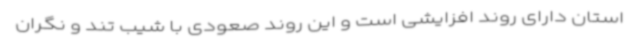
استان دارای روند افزایشی است و این روند صعودی با شیب تند و نگران‌